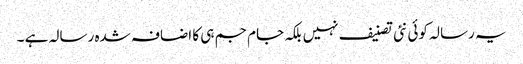
یہ رسالہ کوئی نئی تصنیف نہیں بلکہ جام جم ہی کا اضافہ شدہ رسالہ ہے ۔